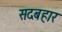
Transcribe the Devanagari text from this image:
सदबहार